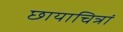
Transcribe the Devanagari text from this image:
छायाचित्रां